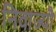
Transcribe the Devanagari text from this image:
निवाज्यौ